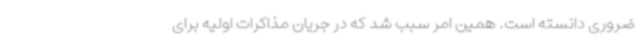
ضروری دانسته است. همین امر سبب شد که در جریان مذاکرات اولیه برای